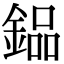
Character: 𨩗